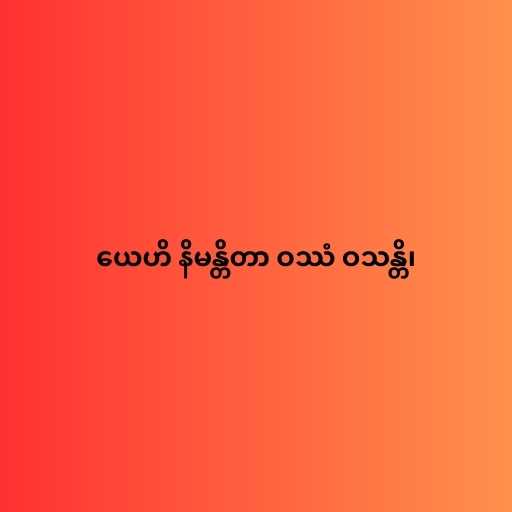
ယေဟိ နိမန္တိတာ ဝဿံ ဝသန္တိ၊